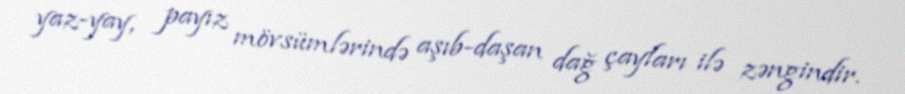
yaz-yay, payız mövsümlərində aşıb-daşan dağ çayları ilə zəngindir.